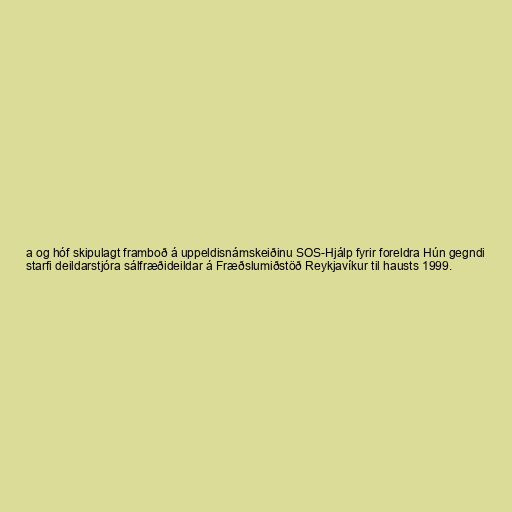
a og hóf skipulagt framboð á uppeldisnámskeiðinu SOS-Hjálp fyrir foreldra Hún gegndi
starfi deildarstjóra sálfræðideildar á Fræðslumiðstöð Reykjavíkur til hausts 1999.